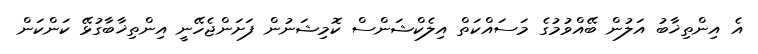
އެ އިންތިޚާބު އަލުން ބޭއްވުމުގެ މަސައްކަތް އިލެކްޝަންސް ކޮމިޝަނުން ފަށަންޖެހޭނީ އިންތިޚާބާގުޅޭ ކަންކަން